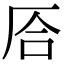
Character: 㕉